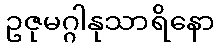
ဥဇုမဂ္ဂါနုသာရိနော